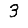
Digit: 3